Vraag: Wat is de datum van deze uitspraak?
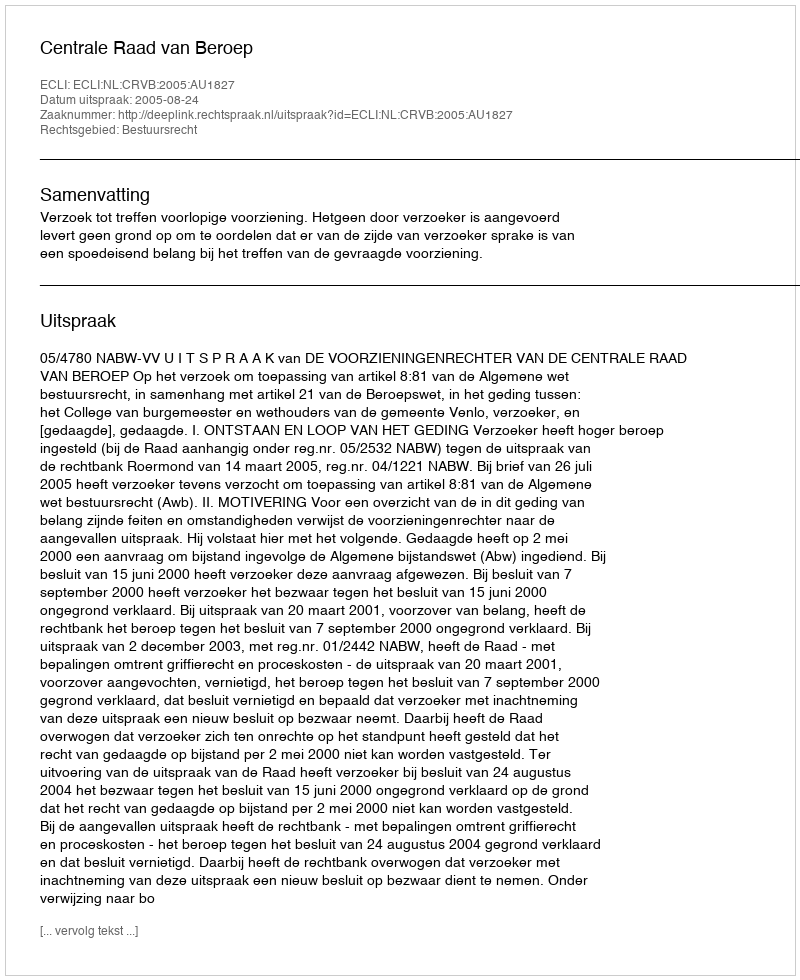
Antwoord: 2005-08-24